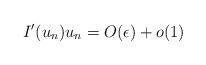
LaTeX: \begin{align*} I^{\prime}(u_{n})u_{n} = O(\epsilon) + o(1)\end{align*}